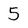
Character: 5